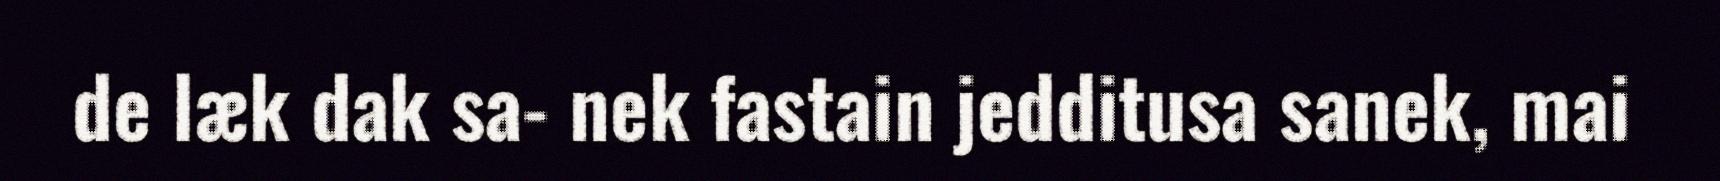
de læk dak sa- nek fastain jedditusa sanek, mai